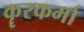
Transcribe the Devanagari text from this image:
कॄरकर्मा